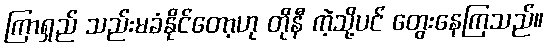
ကြာရှည် သည်းမခံနိုင်တော့ဟု တိုနီ ကဲ့သို့ပင် တွေးနေကြသည်။